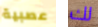
عصبية لك